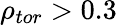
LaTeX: \rho_{tor}>0.3